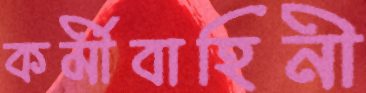
কর্মীবাহিনী